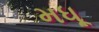
મધૂ